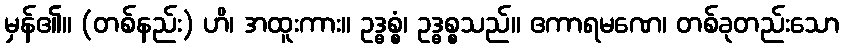
မှန်၏။ (တစ်နည်း) ဟိ၊ အထူးကား။ ဥဒ္ဓစ္စံ၊ ဥဒ္ဓစ္စသည်။ ဧကာရမဏေ၊ တစ်ခုတည်းသော